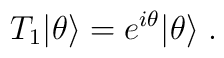
T_1|\theta\rangle = e^{i\theta}|\theta\rangle\; .